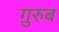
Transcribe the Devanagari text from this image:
ग़़ुरुब